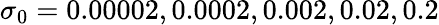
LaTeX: \sigma_{0}=0.00002,0.0002,0.002,0.02,0.2